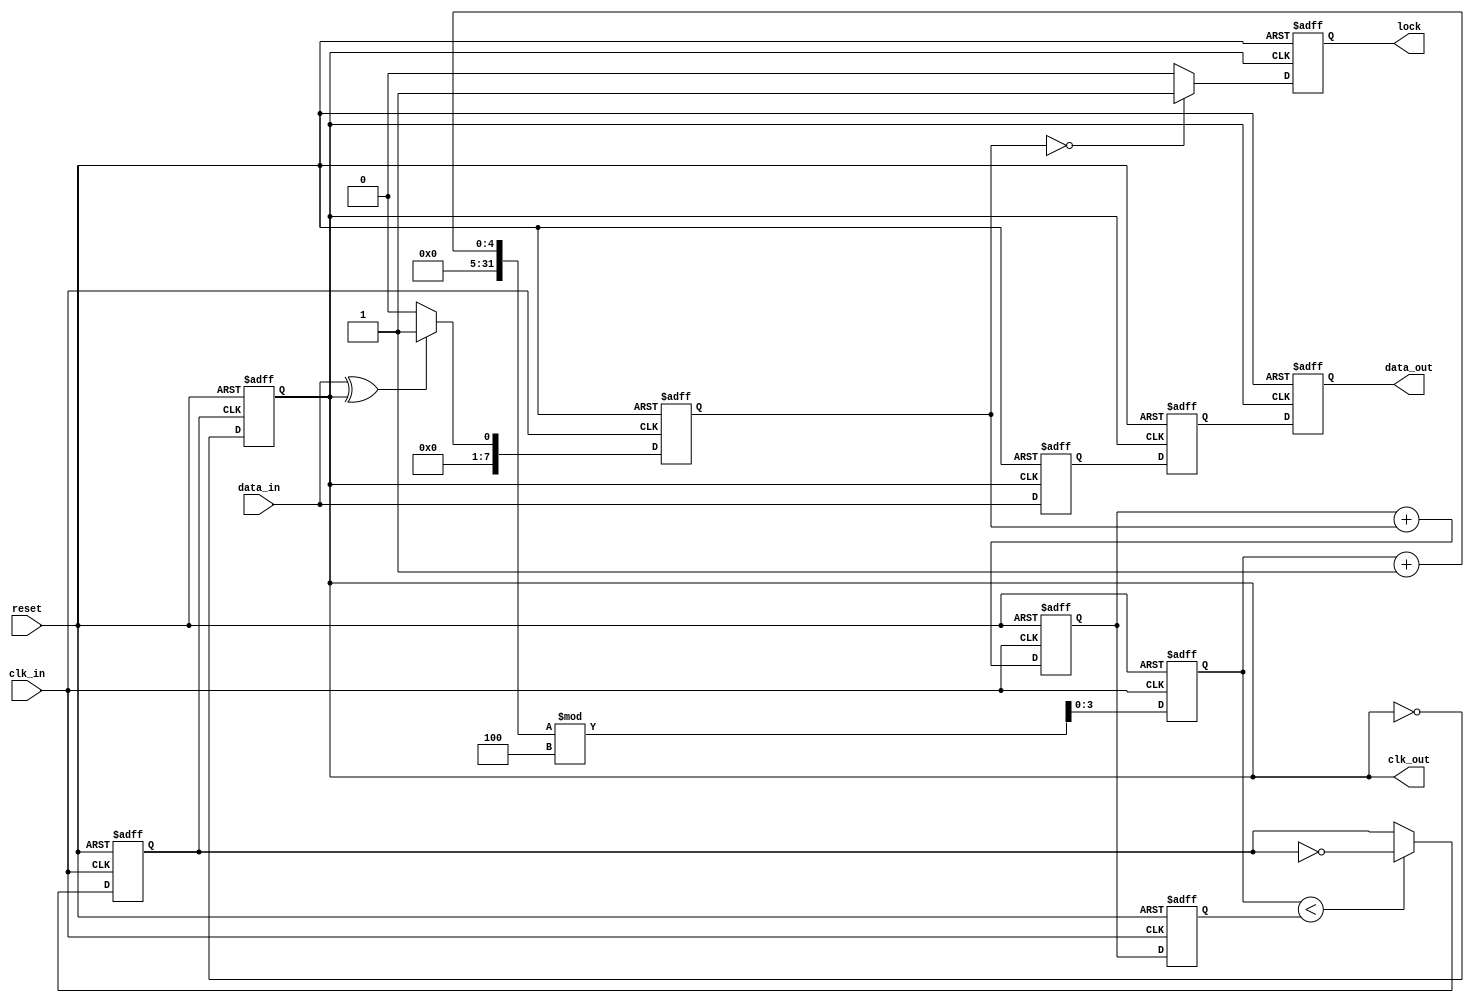
module pll_synchronizer (
    input wire clk_in,          // Incoming clock signal
    input wire data_in,         // Incoming data signal
    input wire reset,           // Asynchronous reset signal
    output reg clk_out,         // Synchronized output clock signal
    output reg data_out,        // Synchronized output data signal
    output reg lock             // Lock indication signal
);

    // Parameters for PLL
    parameter N = 4;            // Divider factor
    parameter PHASE_DETECTOR_WIDTH = 8; // Width of phase detector output
    parameter FILTER_WIDTH = 8; // Width of loop filter output

    // Internal signals
    reg [PHASE_DETECTOR_WIDTH-1:0] phase_error; // Phase error signal
    reg [FILTER_WIDTH-1:0] control_signal;       // Control signal from loop filter
    reg [FILTER_WIDTH-1:0] loop_filter;           // Loop filter output
    reg [3:0] vco_counter;                         // VCO counter
    reg [1:0] sync_stage [1:0];                   // Synchronizer stages
    reg vco_clk;                                   // VCO clock signal

    // Phase Detector (Simple XOR-based)
    always @(posedge clk_in or posedge reset) begin
        if (reset) begin
            phase_error <= 0;
        end else begin
            phase_error <= (data_in ^ clk_out) ? 1 : 0; // Simple phase error detection
        end
    end

    // Loop Filter (Simple Integrator)
    always @(posedge clk_in or posedge reset) begin
        if (reset) begin
            loop_filter <= 0;
        end else begin
            loop_filter <= loop_filter + phase_error; // Integrate phase error
        end
    end

    // Voltage-Controlled Oscillator (VCO)
    always @(posedge clk_in or posedge reset) begin
        if (reset) begin
            vco_counter <= 0;
            vco_clk <= 0;
        end else begin
            if (vco_counter < control_signal) begin
                vco_clk <= ~vco_clk; // Toggle VCO clock
            end
            vco_counter <= (vco_counter + 1) % N; // Increment counter
        end
    end

    // Clock Divider
    always @(posedge vco_clk or posedge reset) begin
        if (reset) begin
            clk_out <= 0;
        end else begin
            clk_out <= ~clk_out; // Divide the VCO clock
        end
    end

    // Multi-stage Synchronizer
    always @(posedge clk_out or posedge reset) begin
        if (reset) begin
            sync_stage[0] <= 0;
            sync_stage[1] <= 0;
            data_out <= 0;
            lock <= 0;
        end else begin
            sync_stage[0] <= data_in; // First stage
            sync_stage[1] <= sync_stage[0]; // Second stage
            data_out <= sync_stage[1]; // Output synchronized data

            // Lock detection (simple example)
            if (phase_error == 0) begin
                lock <= 1; // Indicate lock when phase error is zero
            end else begin
                lock <= 0;
            end
        end
    end

    // Control Signal Assignment
    always @(posedge clk_in or posedge reset) begin
        if (reset) begin
            control_signal <= 0;
        end else begin
            control_signal <= loop_filter; // Assign loop filter output to control signal
        end
    end

endmodule